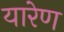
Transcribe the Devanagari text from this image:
यारेण